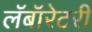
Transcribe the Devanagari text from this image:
लॅबॉरेटरी